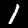
Digit: 1